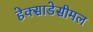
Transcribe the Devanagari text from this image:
हेक्साडेसीमल